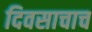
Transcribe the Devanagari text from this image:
दिवसाचाच